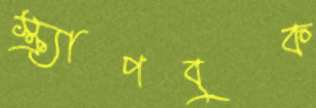
স্ক্র্যাপবুক